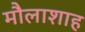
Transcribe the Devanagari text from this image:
मौलाशाह